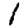
Digit: 1